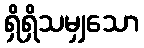
ရှိရှိသမျှသော